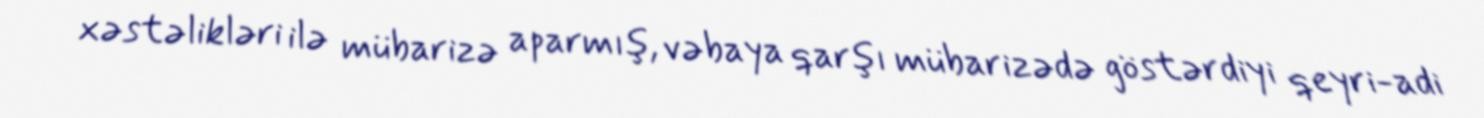
xəstəlikləri ilə mübarizə aparmış, vəbaya qarşı mübarizədə göstərdiyi qeyri-adi